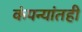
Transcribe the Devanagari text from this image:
कंपन्यांतही